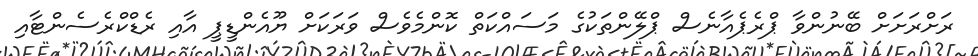
ރަށްރަށަށް ބޭނުންވާ ޕްރެޕެއާނެސް ޕްލޭންތަކުގެ މަސައްކަތް ކޮންމެވެސް ވަރަކަށް ޔޫއެންޑީޕީ އާއި ރެޑްކްރެސެންޓާއި